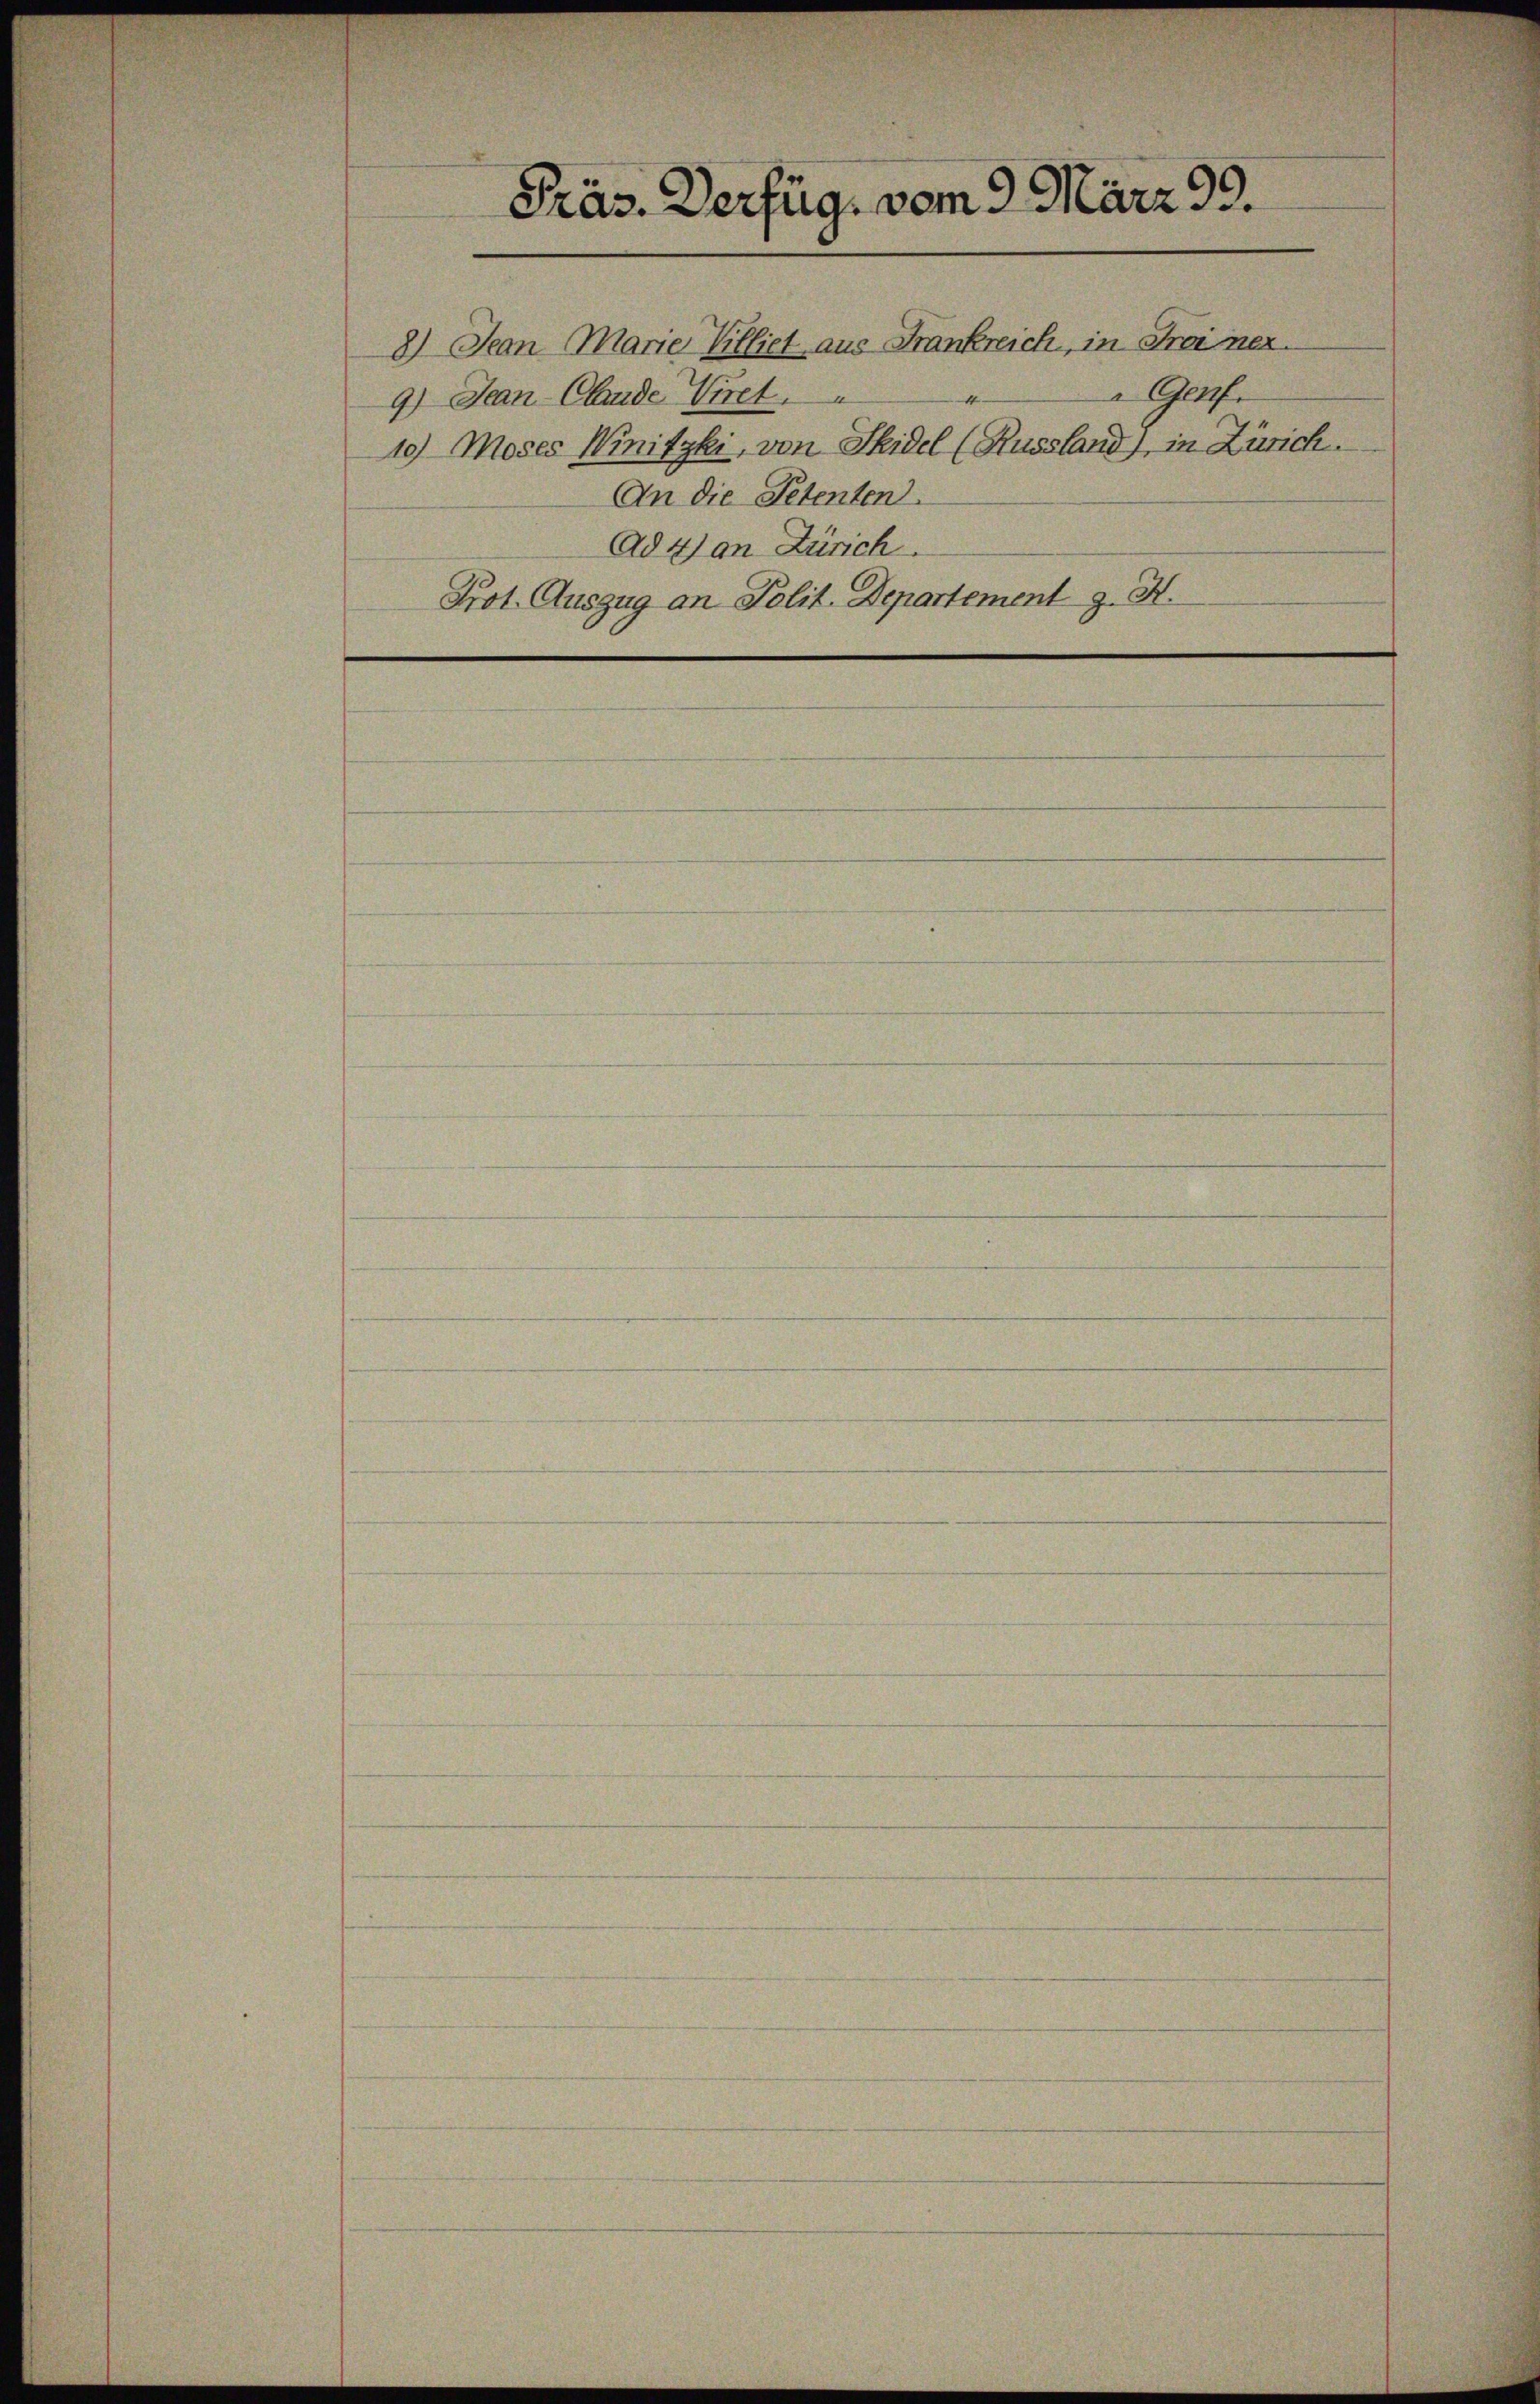
Präs. Verfüg, vom 9. März 99.
8) Jean Marie Villiet aus Frankreich, in Froi nex
Gafe
9.) Jean Clende Viret.
10) Moses Winitzki, von Fidel (Russland), in Zürich.
An die Petenten
Ad 4) an Zürich
Prot. Auszug an Polit. Departement J. H.